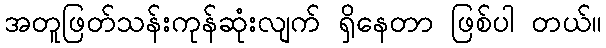
အတူဖြတ်သန်းကုန်ဆုံးလျက် ရှိနေတာ ဖြစ်ပါ တယ်။